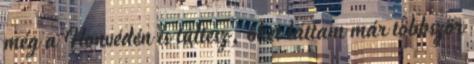
még a Honvédén is túltesz, őket láttam már többször